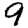
Digit: 9